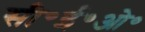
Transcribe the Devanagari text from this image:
सी॰ई॰ओ॰